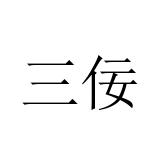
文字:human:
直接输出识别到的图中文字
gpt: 三佞